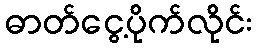
ဓာတ်ငွေ့ပိုက်လိုင်း